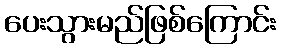
ပေးသွားမည်ဖြစ်ကြောင်း